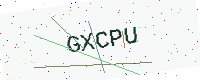
Text: GXCPU